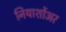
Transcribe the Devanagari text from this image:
नियार्शोअर